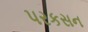
પરકસન